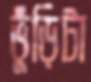
ভুঁড়িটা